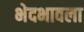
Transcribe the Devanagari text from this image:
भेदभावला